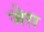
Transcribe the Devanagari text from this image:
जेरा